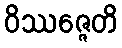
ဝိဿဇ္ဇေတိ